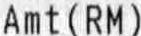
AMT(RM)